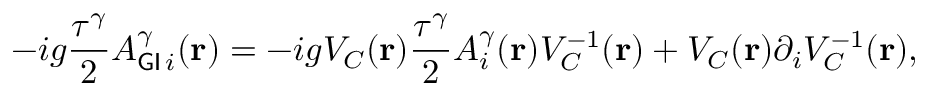
- i g \frac { \tau ^ { \gamma } } { 2 } A _ { { \sf G I } \, i } ^ { \gamma } ( { \bf { r } } ) = - i g V _ { C } ( { \bf { r } } ) \frac { \tau ^ { \gamma } } { 2 } A _ { i } ^ { \gamma } ( { \bf { r } } ) V _ { C } ^ { - 1 } ( { \bf { r } } ) + V _ { C } ( { \bf { r } } ) { \partial } _ { i } V _ { C } ^ { - 1 } ( { \bf { r } } ) ,